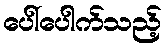
ပေါ်ပေါက်သည့်